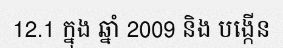
12.1 ក្នុង ឆ្នាំ 2009 និង បង្កើន